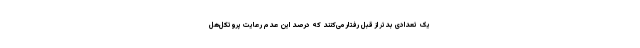
یک تعدادی بدتر از قبل رفتار می‌کنند که درصد این عدم رعایت پروتکل‌هل